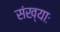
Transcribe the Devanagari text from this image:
संख्याः